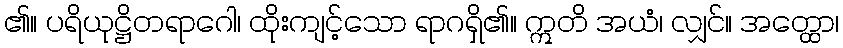
၏။ ပရိယုဋ္ဌိတရာဂေါ၊ ထိုးကျင့်သော ရာဂရှိ၏။ ဣတိ အယံ၊ လျှင်။ အတ္ထော၊